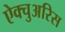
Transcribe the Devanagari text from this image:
ऐक्चुअरिस